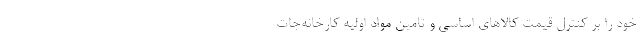
خود را بر کنترل قیمت کالاهای اساسی و تامین مواد اولیه کارخانه‌جات